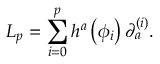
{ \cal L } _ { p } = \sum _ { i = 0 } ^ { p } h ^ { a } \left( \phi _ { i } \right) \partial _ { a } ^ { ( i ) } .